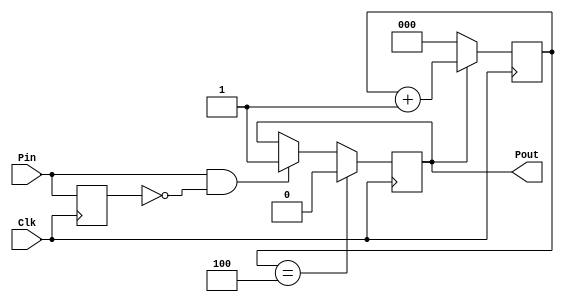
module LongPulse(Clk,Pin,Pout);

input  Clk, Pin;
output Pout;
wire   Pin_1cyc;

reg Pin_d1;
reg pulseEn;
reg [2:0] Count;


always @(posedge Clk)
	Pin_d1 <= Pin;
assign Pin_1cyc = Pin & ~Pin_d1;

always @(posedge Clk)
	if(pulseEn == 1'b0)
		Count[2:0] <= 2'b0;
	else
		Count[2:0] <= Count[2:0] + 1'b1;
		
always @(posedge Clk)
begin
	if(Count[2:0] == 3'd4)
		pulseEn <= 1'b0;
	else
		if(Pin_1cyc == 1'b1)
			pulseEn <= 1'b1;	
		else
			pulseEn <= pulseEn;		
end
assign Pout = pulseEn;

endmodule